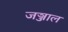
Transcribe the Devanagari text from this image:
जञ्जाल